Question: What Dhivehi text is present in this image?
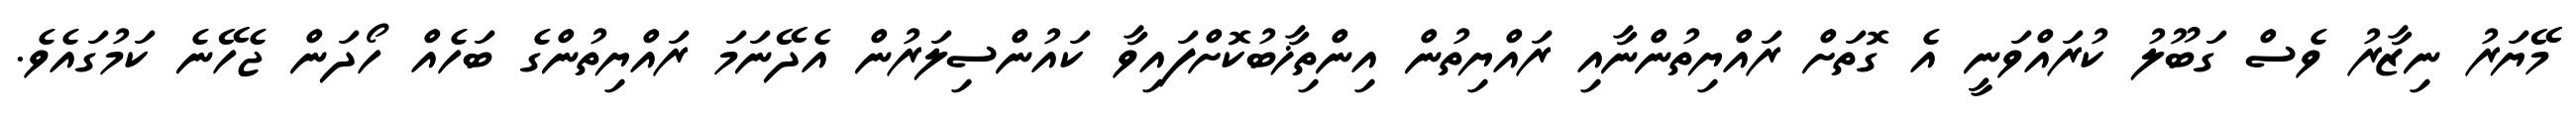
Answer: މޭޔަރު ނިޒާރު ވެސް ގަބޫލު ކުރައްވަނީ އެ ގޮތަށް ރައްޔިތުންނާއި ރައްޔިތުން އިންތިޚާބުކޮށްފައިވާ ކައުންސިލަރުން އެދޭނަމަ ރައްޔިތުންގެ ބަހެއް ހޯދަން ޖެހޭނެ ކަމުގައެވެ.